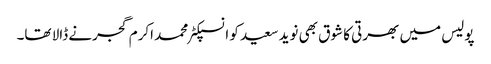
پولیس میں بھرتی کا شوق بھی نوید سعید کو انسپکٹر محمد اکرم گجرنے ڈالا تھا۔